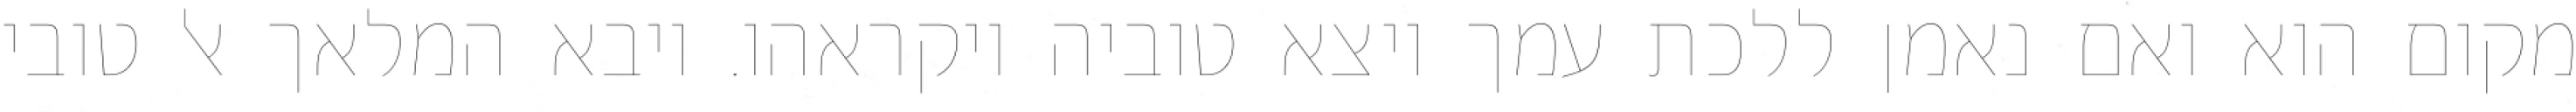
מקום הוא ואם נאמן ללכת עמך ויצא טוביה ויקראהו. ויבא המלאך אל טובי